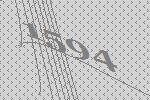
1594